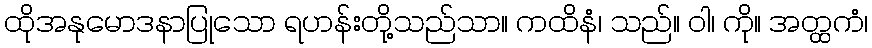
ထိုအနုမောဒနာပြုသော ရဟန်းတို့သည်သာ။ ကထိနံ၊ သည်။ ဝါ၊ ကို။ အတ္ထကံ၊